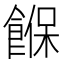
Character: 䭋